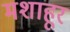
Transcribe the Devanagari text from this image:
मशाहूर